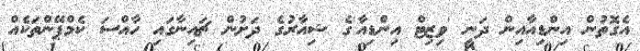
އެގޮތުން އިންޑިއާއިން ދަނީ 'ވިޒިޓް އިންޑިއާ'ގެ ޝިއާރުގެ ދަށުން ޗައިނާގައި ހާއްސަ ކެމްޕޭންތަކެއް